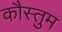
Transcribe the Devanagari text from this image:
कौस्तुम